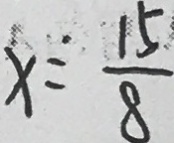
x = \frac { 1 5 } { 8 }